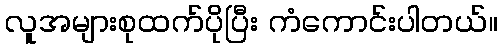
လူအများစုထက်ပိုပြီး ကံကောင်းပါတယ်။